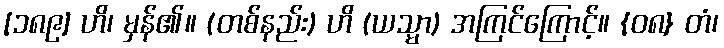
[၁၈၉] ဟိ၊ မှန်၏။ (တစ်နည်း) ဟိ (ယသ္မာ) အကြင်ကြောင့်။ {၀၈} တံ၊